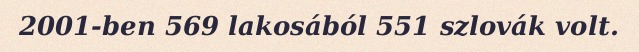
2001-ben 569 lakosából 551 szlovák volt.